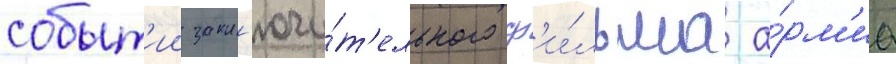
событ'ии закл'ючи́т'ельного ф'и́льма а́рм'иа